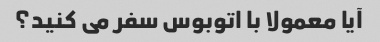
آیا معمولا با اتوبوس سفر می کنید؟